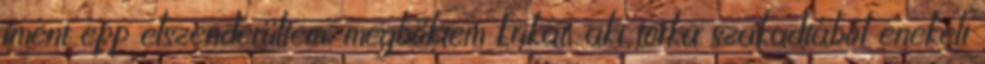
imént épp elszenderültem, megböktem Erikát, aki torka szakadtából énekelt